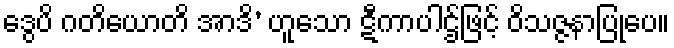
ဒွေပိ ဂတိယောတိ အာဒိ’ ဟူသော ဋီကာပါဌ်ဖြင့် ဝိသဇ္ဇနာပြုပေ။